Scottish Leaving Certificate Examination, 1956
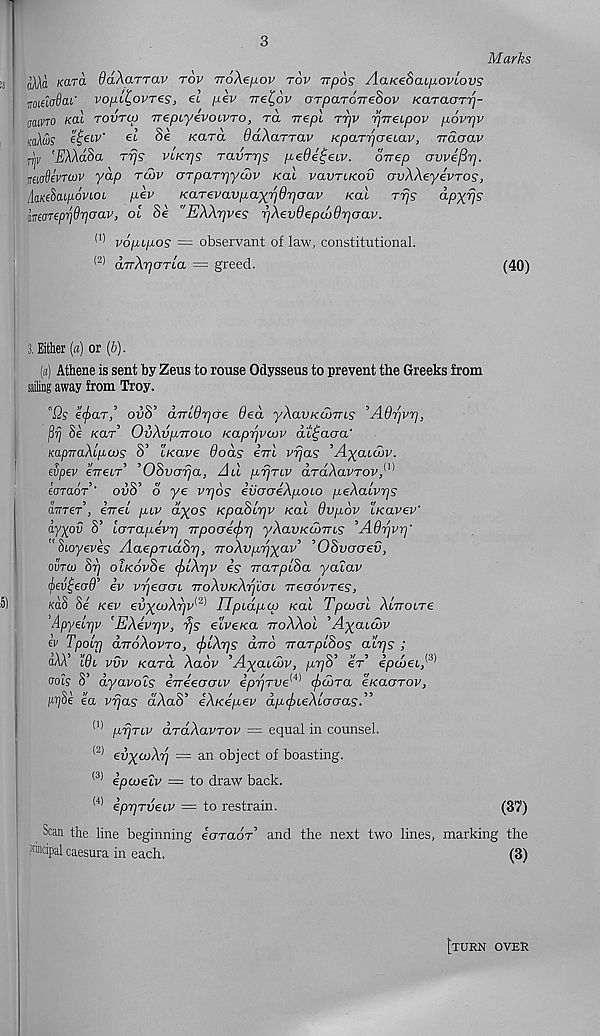
3
Marks
d/Ua Kara daXarrav tov TroXe/dov tov Trpos AaKeSaipoviovs
m do8tu' vopt^ovres, el pev rre^ov arpaTOTreSov /caracrTT]-
otuVTO Kal tovtco TrepcyevoiVTo, ra vepl rrjv rjirecpov povpv
KaAw? e^eiv' el Se Kara OaXarrav KpaTrjcreiav, rrauav
j-ijv 'li'AAaSa Trjs VLKrjs Tavrrjs pede^eiv. orrep avve^r].
auafjevTOJV yap tlov arTpaTrjywv Kal vavriKov avXXeyevros,
/laKefiaipdviot, pev
KaTevavpayrjOrjoav Kal Trjs OLpxrjs
m<nepr\Qr)aav, ol Se "EXXrjves rjXevdepwO'paav.
(I) vopipos = observant of law, constitutional.
<2) dvXrjarTla — greed.
(40)
3. Either (a) or (b).
(a) Athene is sent by Zeus to rouse Odysseus to prevent the Greeks from
sailing away from Troy.
"Qs efiar,’ ovS’ dmf^cre 6ed yXavKWTns ’Adrjvrj,
flrj Se Kar’ OvXvpvoio Kaprjveov dt^aaa'
KapnaXlpcos S’ cKave dods errl vrjas 'AyaLobv.
evpev eTretr’ ’OSvcrrja, Au prjTLV draXavrovA
Iotclot ' ovB’ d ye vr/os ivaaeXpoco peXalvrjs
dWer’, errel puv dyos KpaSlrjv Kal 6vp6v iKavev'
ay^ov S’ iarapevr] irpoaecfir] yXavKtxnus ^AOrjvrj'
" Sioyeves AaepTLaBrj, TToXvprj-yav' ’OSvoaev,
outw Sr] otKovSe <f)iXr]v is TrarplSa yalav
<j>€v^ead’ iv vrjeaai TToXvKXrjiaL rreaovTes,
KaS Se Kev evxcoXrjv^ Upidpcp Kal Tpeocrl XlrroiTe
’Apyelrjv ’EXevrjv, rjs e'iveKa rroXXol ’Axabiov
ev Tpolr] dvoXovTO, <j>tXr]s diro TrarplSos a’lrjs ;
dAA’ Wi vvv Kara Xaov ’Axatubv, p^S' er’ epcoet, (3)
ools S’ dyavols erreeauiv ipr/Tve^ (fxjjra eKaarov,
prjSe ea vrjas dAaS’ eXKepev dp(fiieXtooas
* 1) prjTuv draXavrov = equal in counsel.
<2) evxcoXrj = an object of boasting.
<3) epcoelv = to draw back.
<4) eprjTveiV — to restrain.
(37)
Scan the line beginning eo-raor’ and the next two lines, marking the
Principal caesura in each.
(3)
[turn over